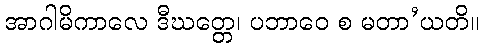
အာဂါမိကာလေ ဒီဃတ္တေ၊ ပဘာဝေ စ မတာ’ယတိ။